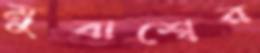
মুবাশ্বের